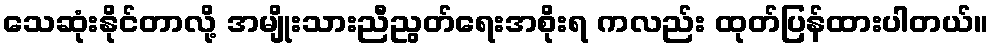
သေဆုံးနိုင်တာလို့ အမျိုးသားညီညွတ်ရေးအစိုးရ ကလည်း ထုတ်ပြန်ထားပါတယ်။